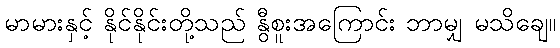
မာမားနှင့် နိုင်နိုင်းတို့သည် နွီစူးအကြောင်း ဘာမျှ မသိချေ။